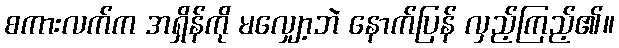
စကားလက်က အရှိန်ကို မလျှော့ဘဲ နောက်ပြန် လှည့်ကြည့်၏။